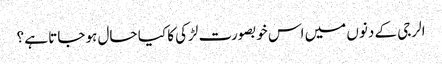
الرجی کے دنوں میں اس خوبصورت لڑکی کا کیا حال ہو جاتا ہے ؟